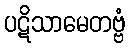
ပဋိသာမေတဗ္ဗံ